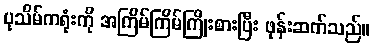
ပုသိမ်ကရုံးကို အကြိမ်ကြိမ်ကြိုးစားပြီး ဖုန်းဆက်သည်။